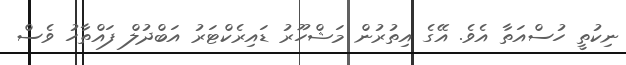
ނިކުތީ ހުސްއަތާ އެވެ. އޭގެ އިތުރުން މަޝްހޫރު ޑައިރެކްޓަރު އަބްދުލް ފައްތާހު ވެސް